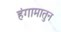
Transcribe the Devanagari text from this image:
हंगामातुन